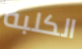
الكلبة